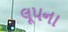
લૂપના